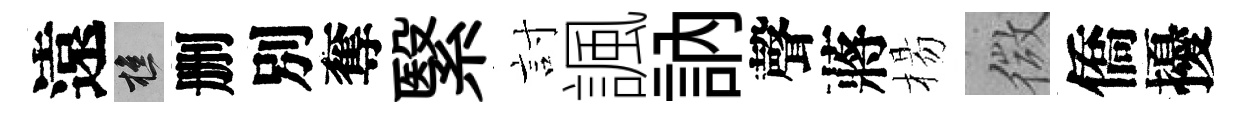
遠樵删別奪繄討諷訥聲蔣楊微僑擾